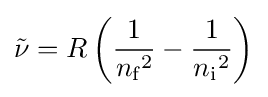
{\tilde {\nu }}=R\left({\frac {1}{{n_{\text{f}}}^{2}}}-{\frac {1}{{n_{\text{i}}}^{2}}}\right)